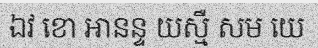
ឯវ ខោ ឤនន្ទ យស្មឺ សម យេ